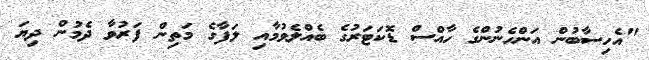
"އެހިސާބުން އަންހެނުންގެ ހާއްސް ޑޮކަޓަރުގެ ބެއްލެވުމާއި ލަފާގެ މަތިން ފަރުވާ ދެމުން ދިޔަ